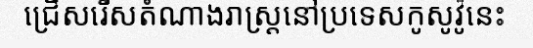
ជ្រើសរើសតំណាងរាស្ត្រនៅប្រទេសកូសូវ៉ូនេះ